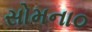
સોમના૦